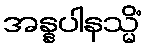
အန္နပါနသ္မိံ